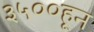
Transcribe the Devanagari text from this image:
३५००हून